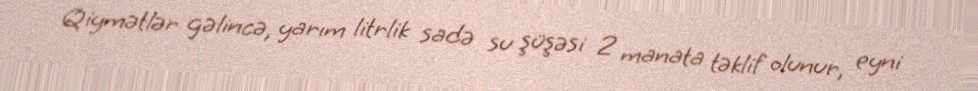
Qiymətlər gəlincə, yarım litrlik sadə su şüşəsi 2 manata təklif olunur, eyni